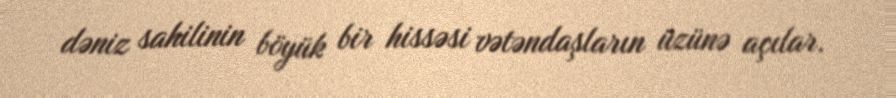
dəniz sahilinin böyük bir hissəsi vətəndaşların üzünə açılar.